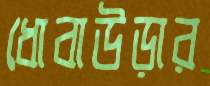
ধোবাউড়ার